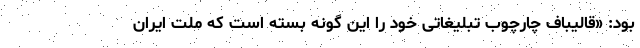
بود: «قالیباف چارچوب تبلیغاتی خود را این گونه بسته است که ملت ایران